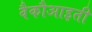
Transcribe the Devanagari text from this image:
वैकौआइती